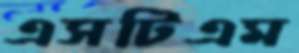
এসটিএম